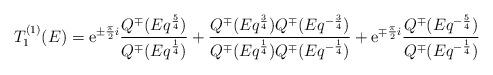
LaTeX: \begin{align*}T^{(1)}_1(E)={\rm e}^{\pm \frac{\pi}{2}i} \frac{ Q^{\mp} (E q^{\frac{5}{4}})}{ Q^{\mp} (E q^{\frac{1}{4}})} + \frac{ Q^{\mp} (E q^{\frac{3}{4}})Q^{\mp} (E q^{-\frac{3}{4}})}{ Q^{\mp} (E q^{\frac{1}{4}}) Q^{\mp} (E q^{-\frac{1}{4}})}+{\rm e}^{\mp \frac{\pi}{2}i} \frac{ Q^{\mp} (E q^{-\frac{5}{4}})}{ Q^{\mp} (E q^{-\frac{1}{4}})} \end{align*}